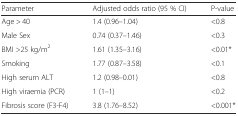
<table><thead><tr><td><b>Parameter</b></td><td><b>Adjusted odds ratio (95 % CI)</b></td><td><b>P-value</b></td></tr></thead><tbody><tr><td>Age &gt; 40</td><td>1.4 (0.96–1.04)</td><td>&lt;0.8</td></tr><tr><td>Male Sex</td><td>0.74 (0.37–1.46)</td><td>&lt;0.3</td></tr><tr><td>BMI &gt;25 kg/m<sup>2</sup></td><td>1.61 (1.35–3.16)</td><td>&lt;0.01*</td></tr><tr><td>Smoking</td><td>1.77 (0.87–3.58)</td><td>&lt;0.1</td></tr><tr><td>High serum ALT</td><td>1.2 (0.98–0.01)</td><td>&lt;0.8</td></tr><tr><td>High viraemia (PCR)</td><td>1 (1–1)</td><td>&lt;0.2</td></tr><tr><td>Fibrosis score (F3-F4)</td><td>3.8 (1.76–8.52)</td><td>&lt;0.001*</td></tr></tbody></table>